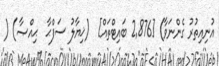
އުނިއިތުރު ގެންނަވާ) [2